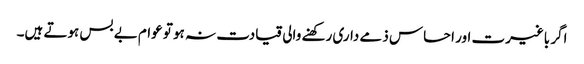
اگر باغیرت اور احساس ذمے داری رکھنے والی قیادت نہ ہو تو عوام بے بس ہوتے ہیں۔